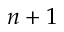
n + 1